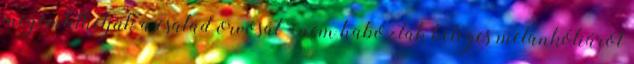
megemlíthetjük a család orvosát - nem haboztak beteges melankóliáról